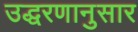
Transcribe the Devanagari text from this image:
उद्धरणानुसार